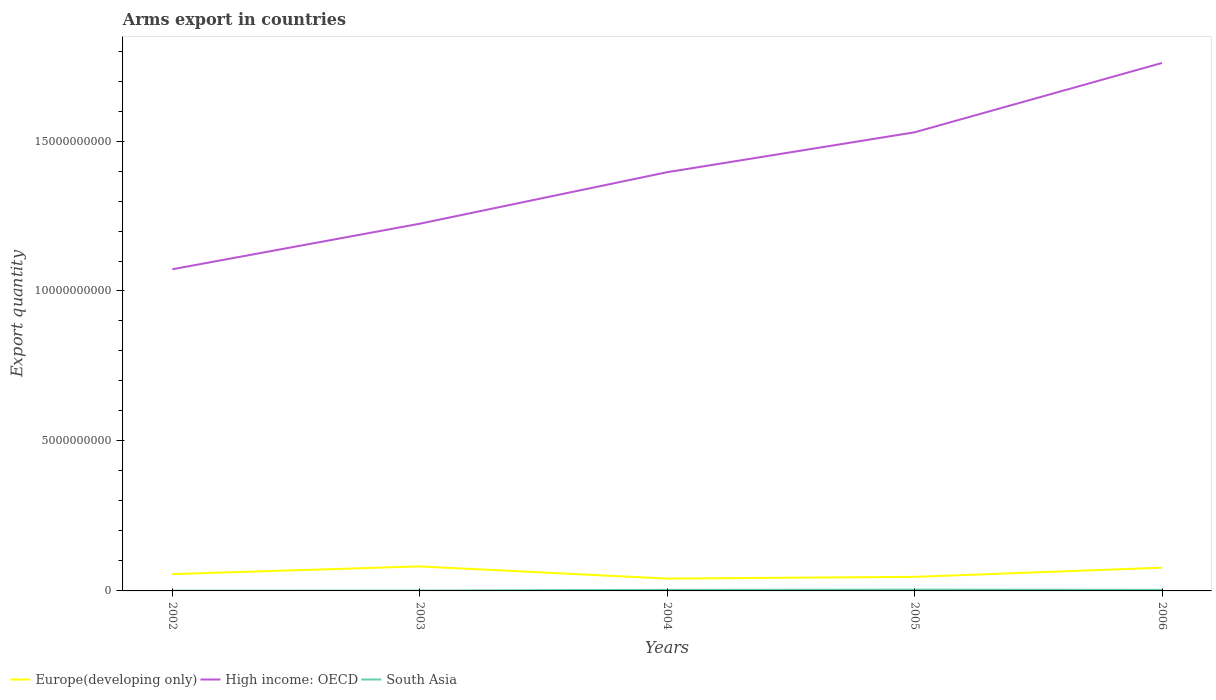
| Years | Europe(developing only) | High income: OECD | South Asia |
 | --- | --- | --- | --- |
 | 2002 | 5.61e+08 | 1.07e+10 | 9e+06 |
 | 2003 | 8.18e+08 | 1.22e+10 | 1.2e+07 |
 | 2004 | 4.11e+08 | 1.4e+10 | 3.6e+07 |
 | 2005 | 4.69e+08 | 1.53e+10 | 4.3e+07 |
 | 2006 | 7.74e+08 | 1.76e+10 | 3.7e+07 |